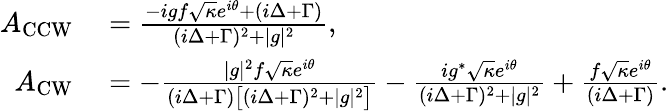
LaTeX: \begin{array}{rl}{A_{\mathrm{CCW}}}&{{}=\frac{-igf\sqrt{\kappa}e^{i\theta}+(i\Delta+\Gamma)}{(i\Delta+\Gamma)^{2}+|g|^{2}},}\\ {A_{\mathrm{CW}}}&{{}=-\frac{|g|^{2}f\sqrt{\kappa}e^{i\theta}}{(i\Delta+\Gamma)\big[(i\Delta+\Gamma)^{2}+|g|^{2}\big]}-\frac{ig^{*}\sqrt{\kappa}e^{i\theta}}{(i\Delta+\Gamma)^{2}+|g|^{2}}+\frac{f\sqrt{\kappa}e^{i\theta}}{(i\Delta+\Gamma)}.}\end{array}